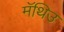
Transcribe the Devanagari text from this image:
मॅथिउ